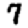
Digit: 7